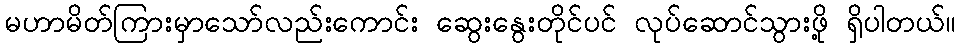
မဟာမိတ်ကြားမှာသော်လည်းကောင်း ဆွေးနွေးတိုင်ပင် လုပ်ဆောင်သွားဖို့ ရှိပါတယ်။